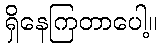
ရှိနေကြတာပေါ့။